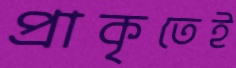
প্রাকৃতেই